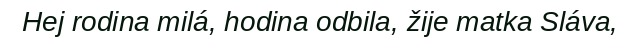
Hej rodina milá, hodina odbila, žije matka Sláva,